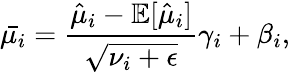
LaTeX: \bar{\mu_{i}}=\frac{\hat{\mu}_{i}-\mathbb{E}[\hat{\mu}_{i}]}{\sqrt{\nu_{i}+\epsilon}}\gamma_{i}+\beta_{i},